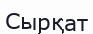
Сырқат